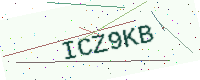
Text: ICZ9KB